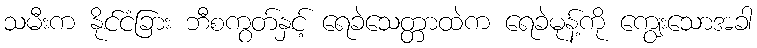
သမီးက နိုင်ငံခြား ဘီစကွတ်နှင့် ရေခဲသေတ္တာထဲက ရေခဲမုန့်ကို ကျွေးသောအခါ